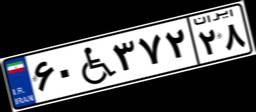
۶۰W۳۷۲۲۸